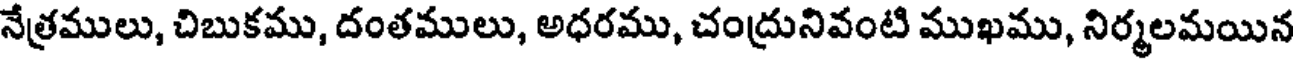
నేత్రములు, చిబుకము, దంతములు, అధరము, చంద్రునివంటి ముఖము, నిర్మలమయిన